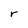
Character: r